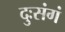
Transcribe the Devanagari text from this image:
दुःसंगं